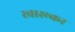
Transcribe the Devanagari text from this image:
स्वास्थ्कर